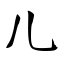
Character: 儿